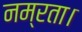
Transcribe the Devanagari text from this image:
नम्रता।